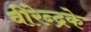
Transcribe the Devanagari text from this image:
वीरेन्द्रके